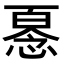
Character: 𢞘